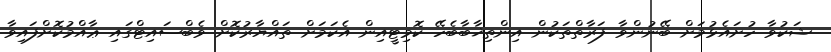
ޝަކުވާ ހުށައެޅުމަށް ބޭނުންވާ ފަރާތްތަކުން އިންތިޚާބާބެހޭ ކޮމިޓީއިން އެކަމަށް ތައްޔާރުކޮށް ވެބްސައިޓްގައި ޢާއްމުކޮށްފައިވާ